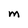
Character: M